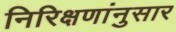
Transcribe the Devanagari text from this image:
निरिक्षणांनुसार